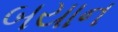
બયાન